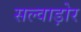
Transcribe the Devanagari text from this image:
सल्वाड़ोर